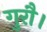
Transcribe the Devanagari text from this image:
गुरौ।